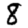
Digit: 8